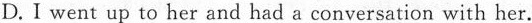
D.I went up to her and had a conversation with her.